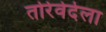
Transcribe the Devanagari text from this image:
तोर्रेवेदेला